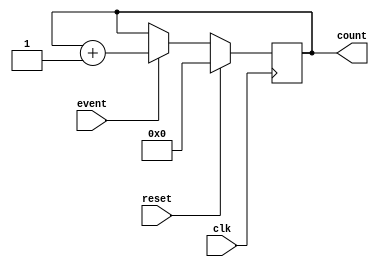
module Counter(
    input clk, // Clock signal
    input reset, // Reset signal
    input event, // Input event signal
    output reg [7:0] count // Output count value
);

always @ (posedge clk) begin
    if (reset) begin
        count <= 8'b0; // Reset count value to 0
    end else if (event) begin
        count <= count + 1; // Increment count value by 1
    end
end

endmodule